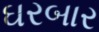
ઘરબાર